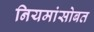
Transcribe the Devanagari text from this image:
नियमांसोबत